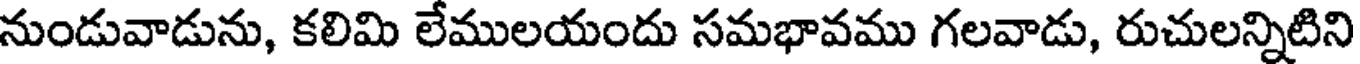
నుండువాడును, కలిమి లేములయందు సమభావము గలవాడు, రుచులన్నిటిని